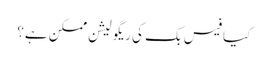
کیا فیس بک کی ریگولیشن ممکن ہے؟